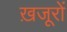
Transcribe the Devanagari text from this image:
ख़जूरों